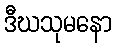
ဒီဃသုမနော